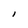
Character: l